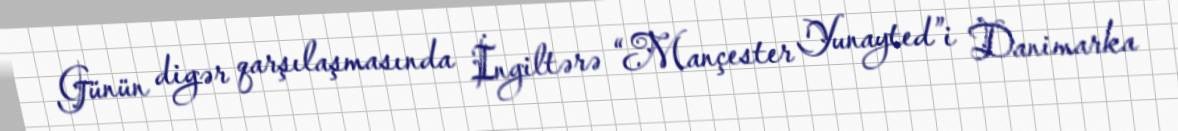
Günün digər qarşılaşmasında İngiltərə “Mançester Yunayted”i Danimarka